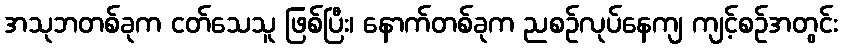
အသုဘတစ်ခုက ငတ်သေသူ ဖြစ်ပြီး၊ နောက်တစ်ခုက ညစဉ်လုပ်နေကျ ကျင့်စဉ်အတွင်း